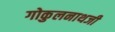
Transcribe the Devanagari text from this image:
गोकुलनाथजी